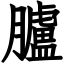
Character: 臚